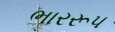
ભારરૂપ